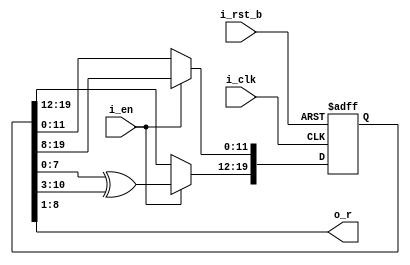
/*
 * Copyright (c) 2024 Eric Fogleman
 * SPDX-License-Identifier: Apache-2.0
  *
 * LFSR w/ multiple tapped outputs
 * updates K states at a time to avoid correlation in tapped bits
 * From: A 3.3-V SINGLE-POLY CMOS AUDIO ADC DELTASIGMA MODULATOR WITH 98-DB 
 * PEAK SINAD AND 105-DB PEAK SFDR, Fogleman et al
 */

/* verilator lint_off DECLFILENAME */
// n = 20, 1 + x^3 + x^n, K = 8
module ef_lfsr20_8 ( 
	input i_clk, 
	input i_rst_b, 
	input i_en, 
	output wire [7:0] o_r );

	reg [19:0] q;
	assign o_r[7:0] = q[8:1];  

	always @( posedge i_clk, negedge i_rst_b ) begin
		if( ~i_rst_b ) begin
			q[19:1] <= 19'b0;
			q[0] <= 1'b1;
		end
		else begin
			if ( i_en ) begin
				// jumps 8 states per clock
				q[19:12] <= q[7:0] ^ q[10:3];
				q[11:0] <= q[19:8];
			end
		end
	end
	
endmodule
/* verilator lint_on DECLFILENAME */